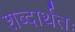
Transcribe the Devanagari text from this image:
शब्दार्थतः